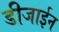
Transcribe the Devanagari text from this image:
डीजाईन